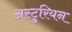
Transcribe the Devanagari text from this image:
अस्टुरियन